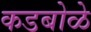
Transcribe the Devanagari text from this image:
कडबोळे